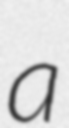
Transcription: a